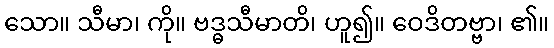
သော။ သီမာ၊ ကို။ ဗဒ္ဓသီမာတိ၊ ဟူ၍။ ဝေဒိတဗ္ဗာ၊ ၏။